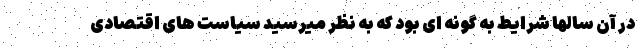
در آن سالها شرایط به گونه ای بود که به نظر میرسید سیاست های اقتصادی